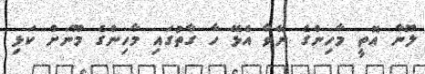
ލޫނާ އޮތީ މާހިންގެ ނޭވާ އެޅޭ ހާ ގާތުގައި މާހިންގެ މޫނަށް ކަޅި